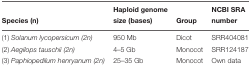
|  | Haploid genome |  | NCBI SRA |
 | Species (n) | size (bases) | Group | number |
 | --- | --- | --- | --- |
 | (1) Solanum lycopersicum (2n) | 950 Mb | Dicot | SRR404081 |
 | (2) Aegilops tauschii (2n) | 4–5 Gb | Monocot | SRR124187 |
 | (3) Paphiopedilum henryanum (2n) | 25–35 Gb | Monocot | Own data |